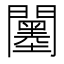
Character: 𨷅